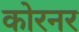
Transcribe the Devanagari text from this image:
कोरनर